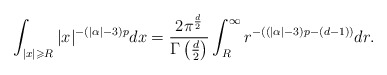
\begin{align*} \int_{|x|\geqslant R}|x|^{-(|\alpha|-3)p}dx = \frac{2\pi^{\frac{d}{2}}}{\Gamma\left(\frac{d}{2}\right)}\int_{R}^{\infty}r^{-\left((|\alpha|-3)p-(d-1)\right)}dr. \end{align*}